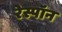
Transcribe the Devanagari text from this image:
रेस्पॉन